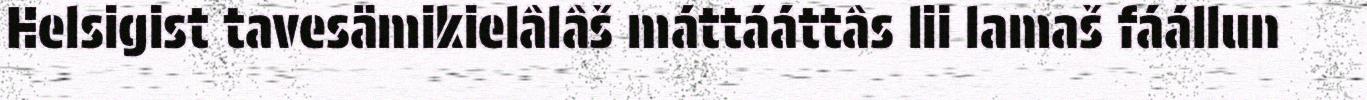
Helsigist tavesämikielâlâš máttááttâs lii lamaš fáállun